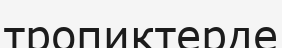
тропиктерде